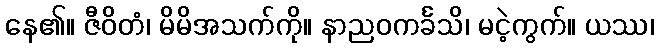
နေ၏။ ဇီဝိတံ၊ မိမိအသက်ကို။ နာညဝကင်္ခသိ၊ မငဲ့ကွက်။ ယဿ၊